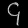
Digit: ၄